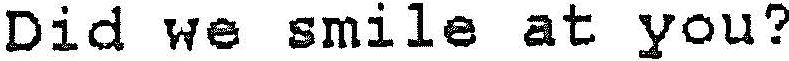
DID WE SMILE AT YOU?